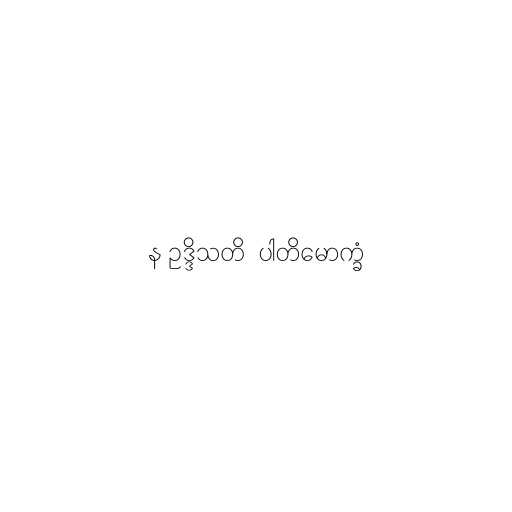
န ဥဒ္ဒိသတိ  ပါတိမောက္ခံ